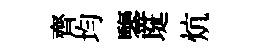
齊均鑒埏炕